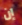
إن